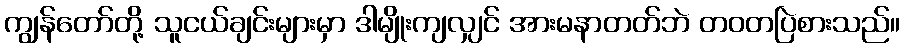
ကျွန်တော်တို့ သူငယ်ချင်းများမှာ ဒါမျိုးကျလျှင် အားမနာတတ်ဘဲ တဝတပြဲစားသည်။